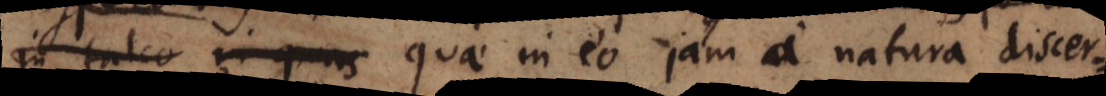
in talco in quas quae in eo jam a natura discer